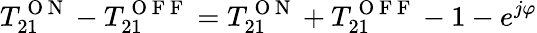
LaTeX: T_{21}^{\mathrm{~O~N~}}-T_{21}^{\mathrm{~O~F~F~}}=T_{21}^{\mathrm{~O~N~}}+T_{21}^{\mathrm{~O~F~F~}}-1-e^{j\varphi}